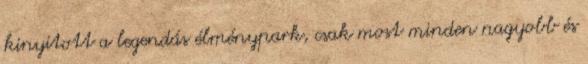
kinyitott a legendás élménypark, csak most minden nagyobb és